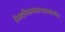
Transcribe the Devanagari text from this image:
निजदयिताननरूपसमानम्।